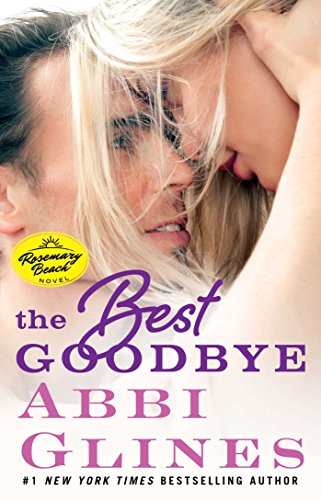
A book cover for The Best Goodbye: A Rosemary Beach Novel (The Rosemary Beach Series); Abbi Glines; Romance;